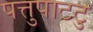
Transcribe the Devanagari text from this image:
पत्तुपाटटु